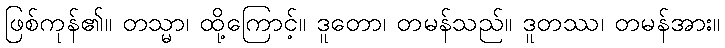
ဖြစ်ကုန်၏။ တသ္မာ၊ ထို့ကြောင့်။ ဒူတော၊ တမန်သည်။ ဒူတဿ၊ တမန်အား။